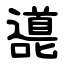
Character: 㘏